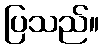
ပြသည်။